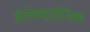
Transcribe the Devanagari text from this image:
ईलेक्ट्रोनिक